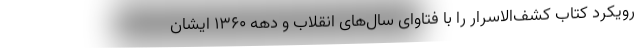
رویکرد کتاب کشف‌الاسرار را با فتاوای سال‌های انقلاب و دهه ۱۳۶۰ ایشان